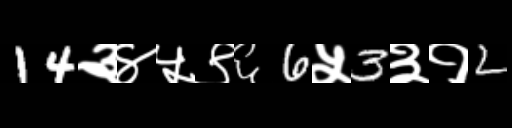
Text: 14३४५९६6५3३१2